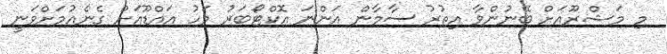
މި މަޝްރޫއަށް ބޭނުންވާ އިތުރު ސާމާން އަންނަ އޮކްޓޯބަރު މަހު އައްޑޫއަށް ގެނެއުމަށްވަނީ